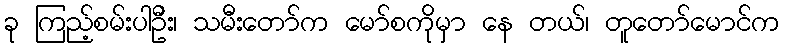
ခု ကြည့်စမ်းပါဦး၊ သမီးတော်က မော်စကိုမှာ နေ တယ်၊ တူတော်မောင်က